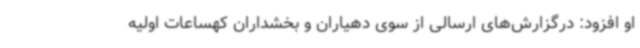
او افزود: درگزارش‌های ارسالی از سوی دهیاران و بخشداران کهساعات اولیه